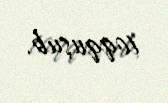
toqquşub.